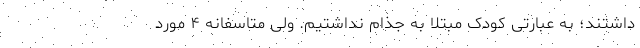
داشتند؛ به عبارتی کودک مبتلا به جذام نداشتیم. ولی متاسفانه ۴ مورد